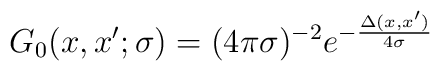
G_0(x,x';\sigma)=(4\pi\sigma)^{-2}e^{-\frac{\Delta(x,x')}{4\sigma}}